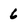
Character: 6